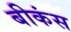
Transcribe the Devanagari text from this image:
बीकंस